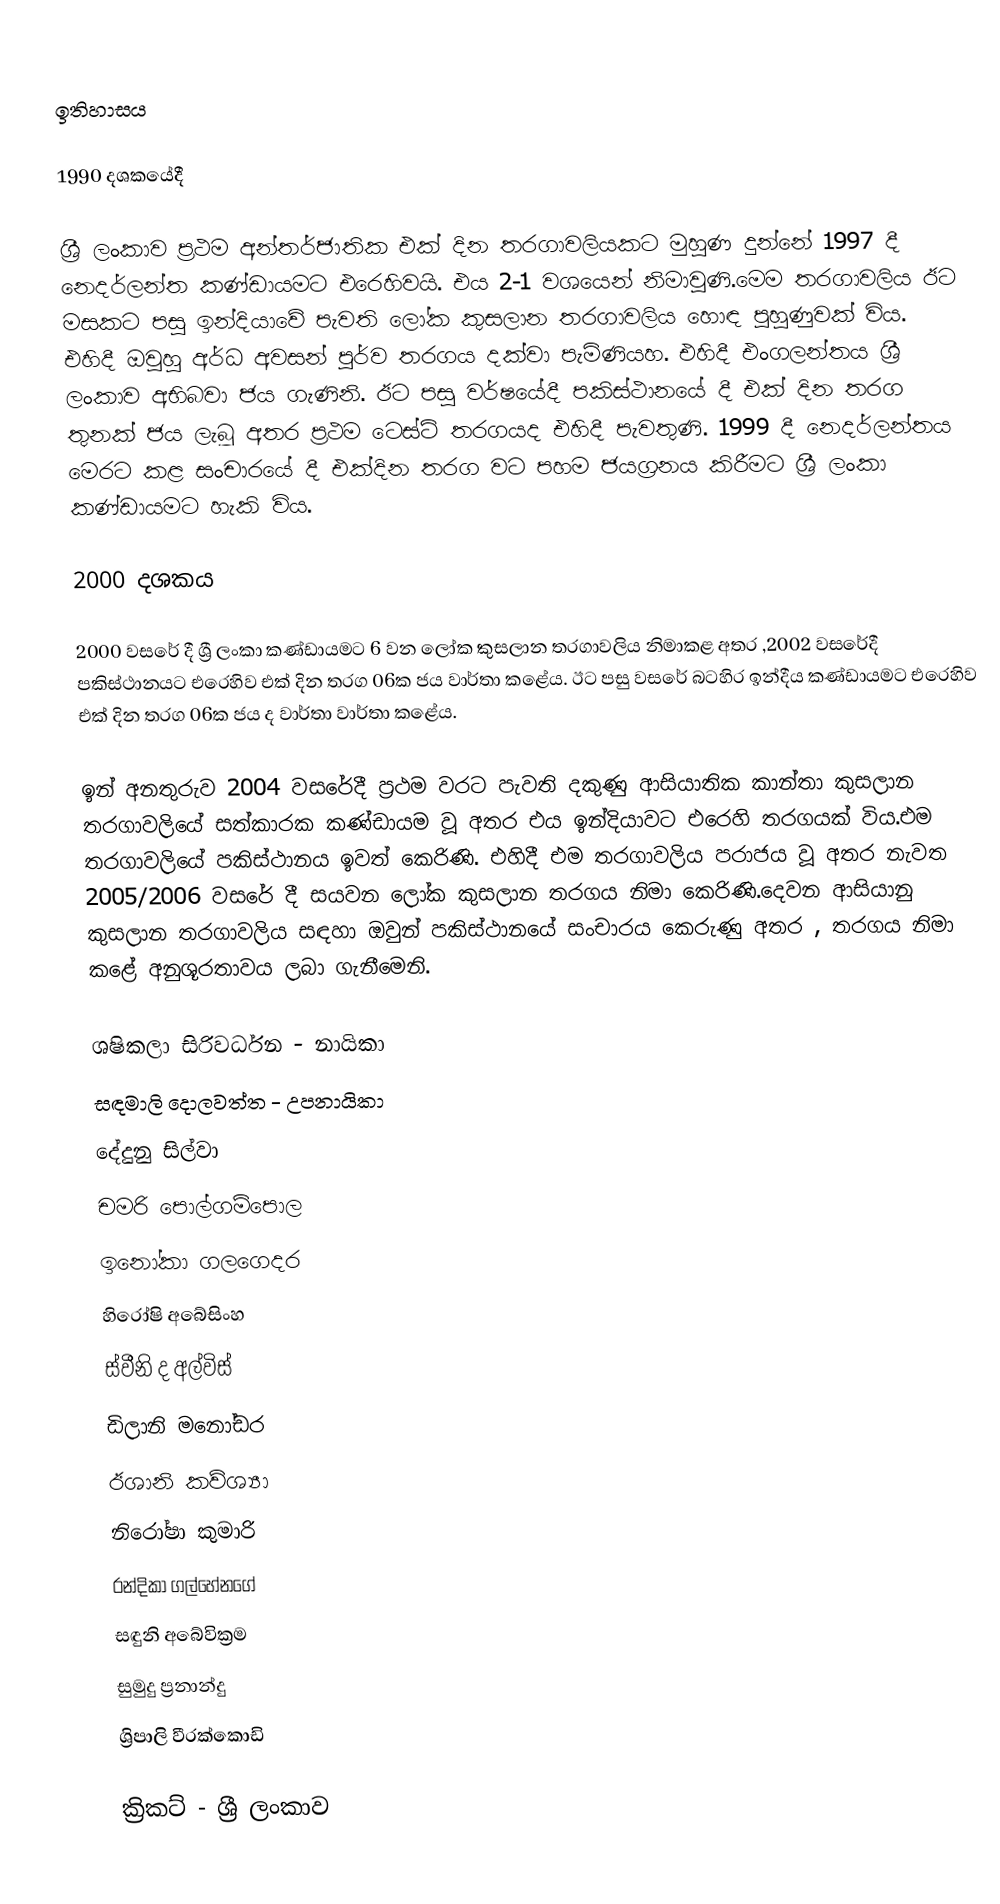

ඉතිහාසය

1990 දශකයේදී

ශ්‍රී ලංකාව ප්‍රථම අන්තර්ජාතික එක් දින තරගාවලියකට මුහුණ දුන්නේ 1997 දී නෙදර්ලන්ත කණ්ඩායමට එරෙහිවයි. එය 2-1 වශයෙන් නිමාවුණි.මෙම තරගාවලිය ඊට මසකට පසු ඉන්දියාවේ පැවති ලෝක කුසලාන තරගාවලිය හොඳ පුහුණුවක් විය. එහිදී ඔවුහු අර්ධ අවසන් පූර්ව තරගය දක්වා පැමිණියහ. එහිදී එංගලන්තය ශ්‍රී ලංකාව අභිබවා ජය ගැණිනි. ඊට පසු වර්ෂයේදී පකිස්ථානයේ දී එක් දින තරග තුනක් ජය ලැබූ අතර ප්‍රථම ටෙස්ට් තරගයද එහිදී පැවතුණි. 1999 දී නෙදර්ලන්තය මෙරට කළ සංචාරයේ දී එක්දින තරග වට පහම ජයග්‍රනය කිරීමට ශ්‍රී ලංකා කණ්ඩායමට හැකි විය.

2000 දශකය

2000 වසරේ දී ශ්‍රී ලංකා කණ්ඩායමට 6 වන ලෝක කුසලාන තරගාවලිය නිමාකළ අතර ,2002 වසරේදී පකිස්ථානයට එරෙහිව එක් දින තරග 06ක ජය වාර්තා කළේය. ඊට පසු වසරේ බටහිර ඉන්දීය කණ්ඩායමට එරෙහිව එක් දින තරග 06ක ජය ද වාර්තා  වාර්තා කළේය.

ඉන් අනතුරුව 2004 වසරේදී ප්‍රථම වරට පැවති දකුණු ආසියාතික  කාන්තා කුසලාන තරගාවලියේ සත්කාරක කණ්ඩායම වූ අතර එය ඉන්දියාවට එරෙහි තරගයක් විය.එම තරගාවලියේ පකිස්ථානය ඉවත් කෙරිණි. එහිදී එම තරගාවලිය පරාජය වූ අතර නැවත 2005/2006 වසරේ දී සයවන ලෝක කුසලාන තරගය නිමා කෙරිණි.දෙවන ආසියානු කුසලාන තරගාවලිය සඳහා ඔවුන් පකිස්ථානයේ සංචාරය කෙරුණු අතර , තරගය නිමා කළේ අනුශූරතාවය ලබා ගැනීමෙනි.

 ශෂිකලා සිරිවර්ධන‍ - නායිකා
 සඳමාලි දොලවත්ත - උපනායිකා
 දේදුනු සිල්වා
 චමරි පොල්ගම්පොල
 ඉනෝකා ගලගෙදර
 හිරෝෂි  අබේසිංහ
 ස්වීනි ද අල්විස්
 ඩිලානි මනෝඩර
 ඊශානි කව්ශ්‍යා
 නිරෝෂා කුමාරි
 රන්දිකා ගල්හේනගේ
 සඳුනි අබේවික්‍රම
 සුමුදු ප්‍රනාන්දු
 ශ්‍රිපාලි වීරක්කොඩි

ක්‍රිකට් - ශ්‍රී ලංකාව